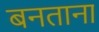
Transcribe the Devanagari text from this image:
बनताना